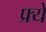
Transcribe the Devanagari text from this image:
फ्र्ये